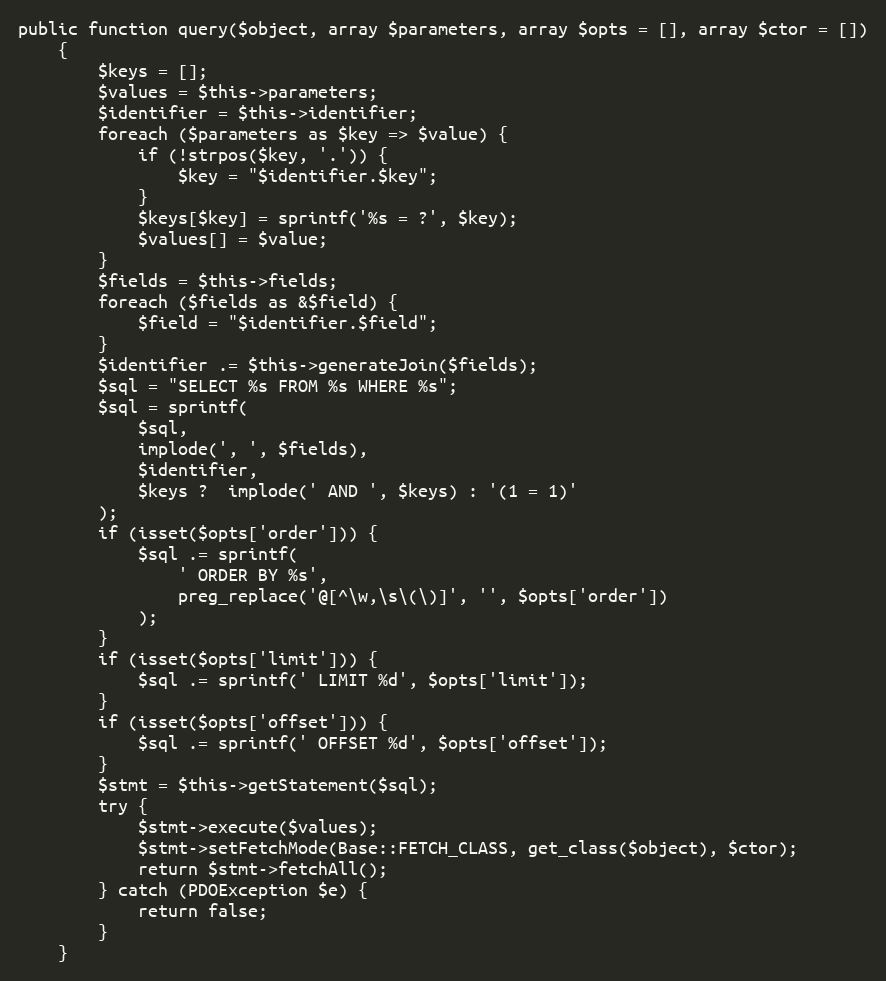
Language: PHP
public function query($object, array $parameters, array $opts = [], array $ctor = [])
    {
        $keys = [];
        $values = $this->parameters;
        $identifier = $this->identifier;
        foreach ($parameters as $key => $value) {
            if (!strpos($key, '.')) {
                $key = "$identifier.$key";
            }
            $keys[$key] = sprintf('%s = ?', $key);
            $values[] = $value;
        }
        $fields = $this->fields;
        foreach ($fields as &$field) {
            $field = "$identifier.$field";
        }
        $identifier .= $this->generateJoin($fields);
        $sql = "SELECT %s FROM %s WHERE %s";
        $sql = sprintf(
            $sql,
            implode(', ', $fields),
            $identifier,
            $keys ?  implode(' AND ', $keys) : '(1 = 1)'
        );
        if (isset($opts['order'])) {
            $sql .= sprintf(
                ' ORDER BY %s',
                preg_replace('@[^\w,\s\(\)]', '', $opts['order'])
            );
        }
        if (isset($opts['limit'])) {
            $sql .= sprintf(' LIMIT %d', $opts['limit']);
        }
        if (isset($opts['offset'])) {
            $sql .= sprintf(' OFFSET %d', $opts['offset']);
        }
        $stmt = $this->getStatement($sql);
        try {
            $stmt->execute($values);
            $stmt->setFetchMode(Base::FETCH_CLASS, get_class($object), $ctor);
            return $stmt->fetchAll();
        } catch (PDOException $e) {
            return false;
        }
    }